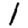
Digit: 1